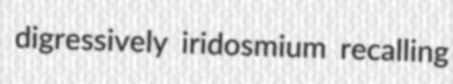
digressively iridosmium recalling